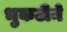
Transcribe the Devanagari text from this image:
भुकटीने